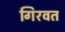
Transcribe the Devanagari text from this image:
गिरवत